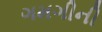
ગમગીની